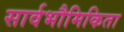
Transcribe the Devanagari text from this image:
सार्वभौमिकिता